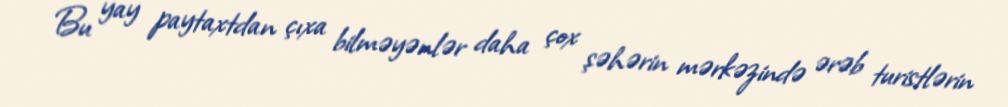
Bu yay paytaxtdan çıxa bilməyənlər daha çox şəhərin mərkəzində ərəb turistlərin